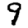
Digit: 9